Senior Leaving Certificate Examination (including Day School Certificate (Higher) General paper), 1946
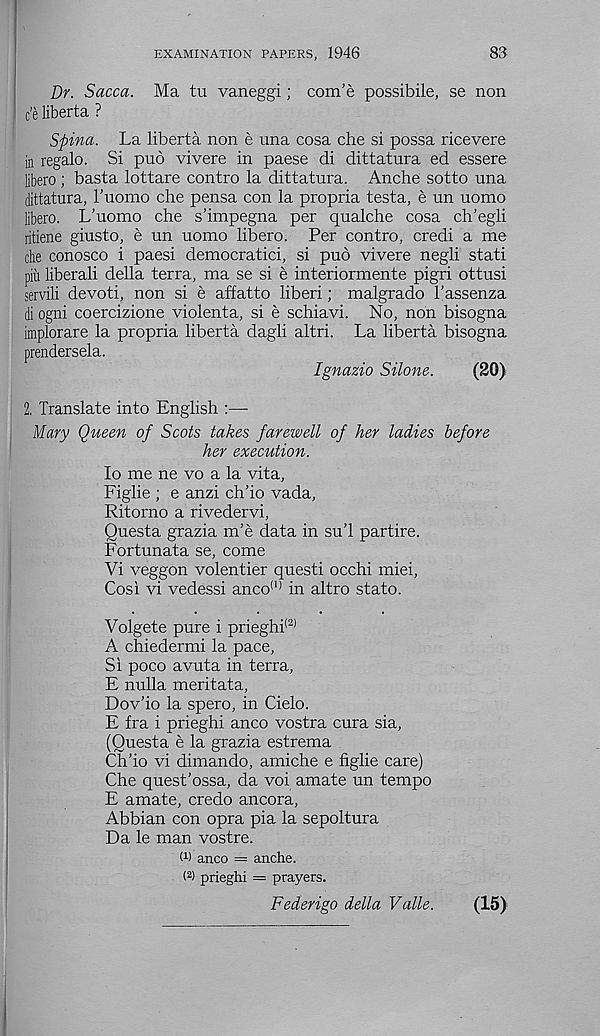
EXAMINATION PAPERS, 1946
83
Dr. Sacca. Ma tu vaneggi; com’e possibile, se non
c’e liberta ?
Spina. La liberta non e una cosa che si possa ricevere
in regalo. Si pub vivere in paese di dittatura ed essere
libero ; basta lottare contro la dittatura. Anche sotto una
dittatura, I’uomo che pensa con la propria testa, e un uomo
libero. L’uomo che s’impegna per qualche cosa ch’egli
ritiene giusto, e un uomo libero. Per contro, credi a me
che conosco i paesi democratici, si pub vivere negli stati
piu liberali della terra, ma se si e interiormente pigri ottusi
servili devoti, non si e affatto liberi; malgrado Fassenza
di ogni coercizione violenta, si e schiavi. No, non bisogna
implorare la propria liberta dagli altri. La liberta bisogna
prendersela.
Ignazio Silone.
(20)
2. Translate into English
Mary Queen of Scots takes farewell of her ladies before
her execution.
lo me ne vo a la vita,
Figlie ; e anzi ch’io vada,
Ritorno a rivedervi,
Questa grazia m’e data in su’l partire.
Fortunata se, come
Vi veggon volentier questi occhi miei,
Cos! vi vedessi anco (I) in altro stato.
Volgete pure i prieghi (2)
A chiedermi la pace,
Si poco avuta in terra,
E nulla meritata,
Dov'io la spero, in Cielo.
E fra i prieghi anco vostra cura sia,
(Ouesta e la grazia estrema
Ch’io vi dimando, amiche e figlie care)
Che quest’ossa, da voi amate un tempo
E amate, credo ancora,
Abbian con opra pia la sepoltura
Da le man vostre.
W anco = anche.
< 2 ) prieghi = prayers.
Federigo della Valle.
(15)